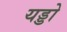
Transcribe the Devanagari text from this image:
यड्डो